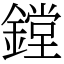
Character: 鏜